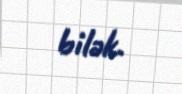
bilək.